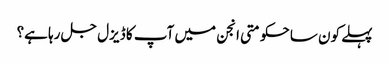
پہلے کون سا حکومتی انجن میں آپ کا ڈیزل جل رہا ہے؟